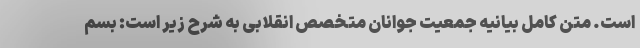
است. متن کامل بیانیه جمعیت جوانان متخصص انقلابی به شرح زیر است: بسم